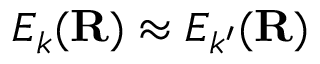
E _ { k } ( \mathbf { R } ) \approx E _ { k ^ { \prime } } ( \mathbf { R } )